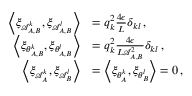
\begin{array} { r l } { \left\langle \xi _ { \mathcal { A } _ { A , B } ^ { k } } , \xi _ { \mathcal { A } _ { A , B } ^ { l } } \right\rangle } & { = q _ { k } ^ { 2 } \frac { 4 \epsilon } { L } \delta _ { k l } \, , } \\ { \left\langle \xi _ { \theta _ { A , B } ^ { k } } , \xi _ { \theta _ { A , B } ^ { l } } \right\rangle } & { = q _ { k } ^ { 2 } \frac { 4 \epsilon } { L \mathcal { A } _ { A , B } ^ { 2 } } \delta _ { k l } \, , } \\ { \left\langle \xi _ { \mathcal { A } _ { A } ^ { k } } , \xi _ { \mathcal { A } _ { B } ^ { l } } \right\rangle } & { = \left\langle \xi _ { \theta _ { A } ^ { k } } , \xi _ { \theta _ { B } ^ { l } } \right\rangle = 0 \, , } \end{array}